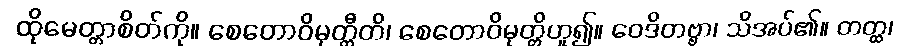
ထိုမေတ္တာစိတ်ကို။ စေတောဝိမုတ္တီတိ၊ စေတောဝိမုတ္တိဟူ၍။ ဝေဒိတဗ္ဗာ၊ သိအပ်၏။ တတ္ထ၊